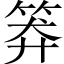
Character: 𥮎